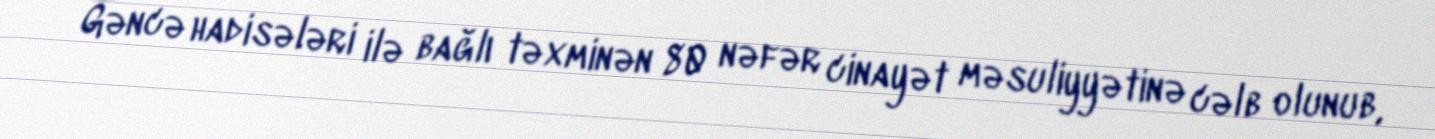
Gəncə hadisələri ilə bağlı təxminən 80 nəfər cinayət məsuliyyətinə cəlb olunub,